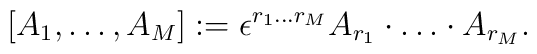
[A_1,\dots,A_M]:=\epsilon^{r_1\dots r_M}A_{r_{1}} \cdot\dots\cdot A_{r_{M}}.